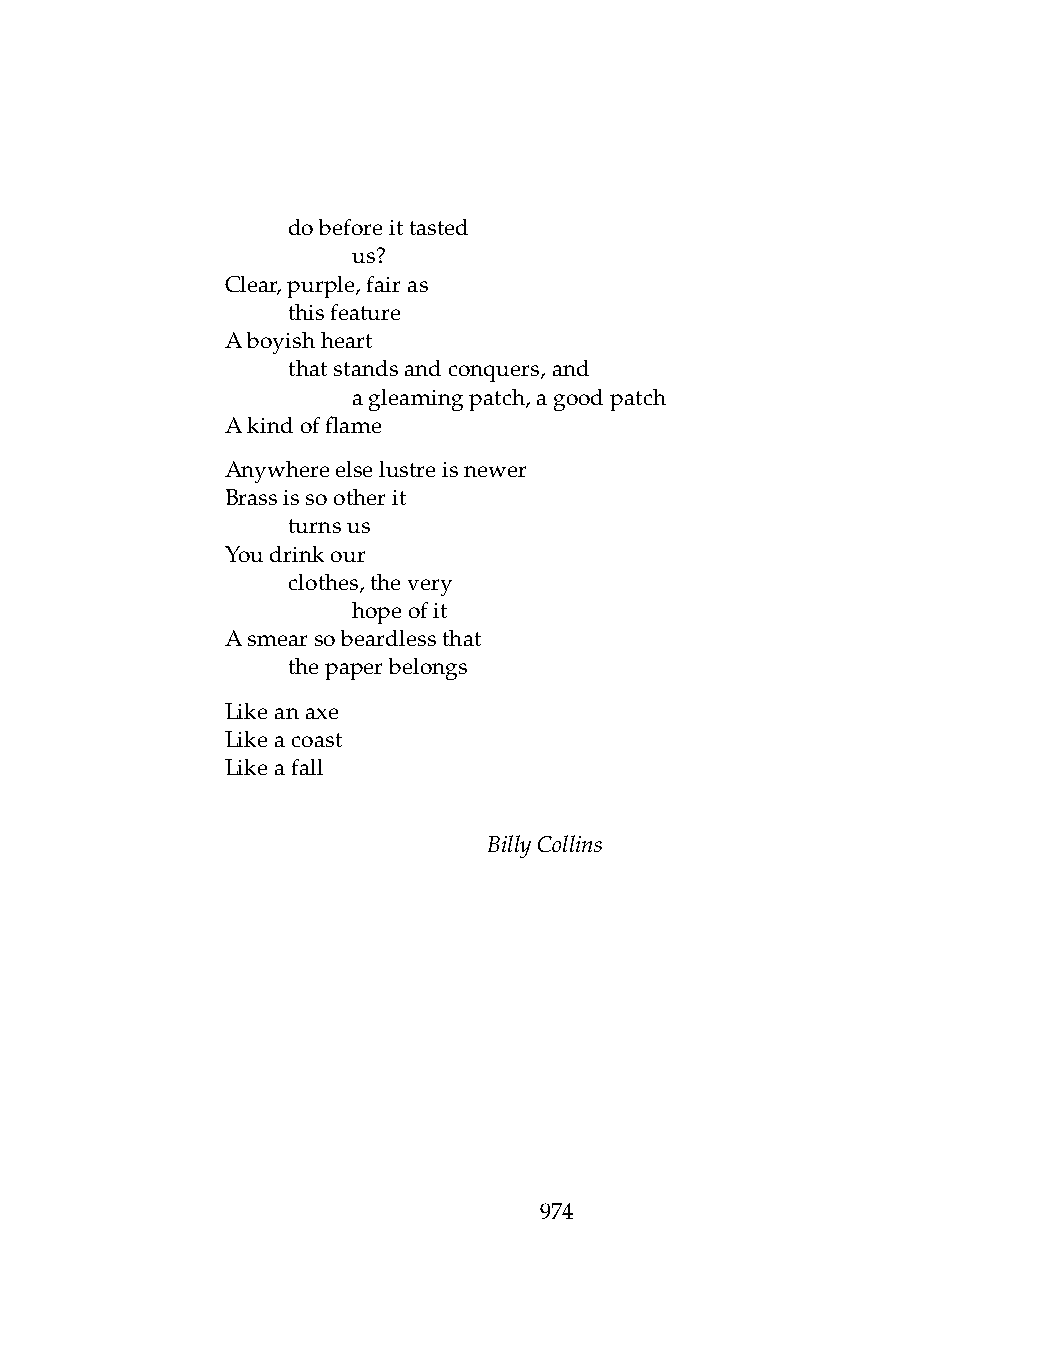
.   dobeforeittasted
 .   .   us?
 Clear,purple,fairas
 .   thisfeature
 Aboyishheart
 .   thatstandsandconquers,and
 .   .   agleamingpatch,agoodpatch
 Akindofflame
 Anywhereelselustreisnewer
 Brassissootherit
 .   turnsus
 Youdrinkour
 .   clothes,thevery
 .   .   hopeofit
 Asmearsobeardlessthat
 .   thepaperbelongs
 Likeanaxe
 Likeacoast
 Likeafall
 BillyCollins
 974